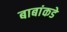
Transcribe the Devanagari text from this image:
बाबांकडे